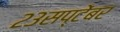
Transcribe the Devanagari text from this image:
२३सप्टेंबर